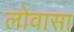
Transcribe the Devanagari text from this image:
लोवासा